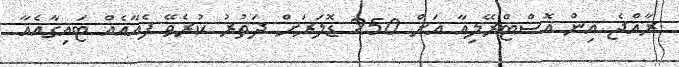
ރާއްޖެ އިން އޮސްޓްރޭލިއާ އަށް 250 ޑޮލަރަށް ދަތުރު ކުރެވޭ ފެއާއެއް ޓައިގާއެއާ